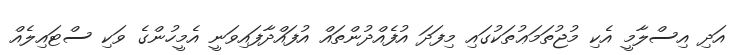
އަދި އިސްލާމީ އެކި މުޖުތަމަޢުތަކުގައި މިފަދަ އުފެއްދުންތައް އުފައްދާފައިވަނީ އެމީހުންގެ ވަކި ސްޓައިލެއް